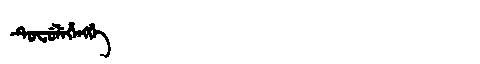
Manchu: ᡨᡠᠸᡠᠯᡝᡥᡝᠩᡤᡝ
Romanization: TUFULEHENGGE